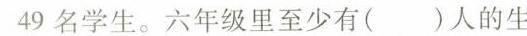
49名学生。六年级里至少有( )人的生